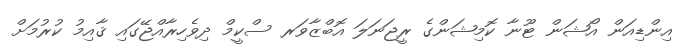
އިންޑިއަން އޯޝަން ޓޫނާ ކޮމިޝަންގެ ރީޖަނަލަ އޮބްޒާވަރ ސްކީމް ދިވެހިރާއްޖޭގައި ޤާއިމު ކުރުމަށް